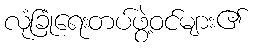
လုံခြုံရေးတပ်ဖွဲ့ဝင်များ၏